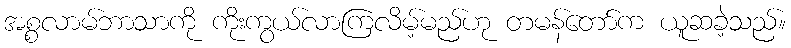
အစ္စလာမ်ဘာသာကို ကိုးကွယ်လာကြလိမ့်မည်ဟု တမန်တော်က ယူဆခဲ့သည်။